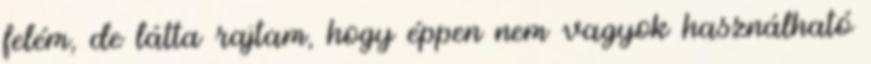
felém, de látta rajtam, hogy éppen nem vagyok használható